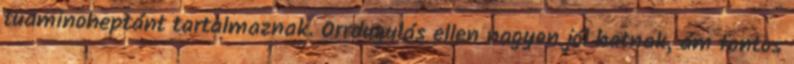
tuaminoheptánt tartalmaznak. Orrdugulás ellen nagyon jól hatnak, ám fontos